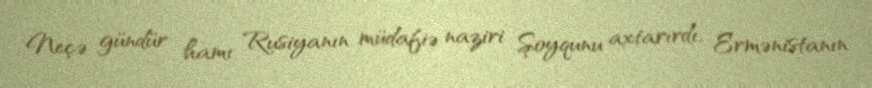
Neçə gündür hamı Rusiyanın müdafiə naziri Şoyqunu axtarırdı, Ermənistanın